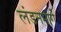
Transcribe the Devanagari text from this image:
लंडनमार्गे